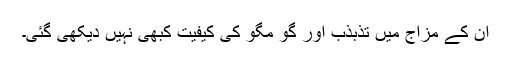
ان کے مزاج میں تذبذب اور گو مگو کی کیفیت کبھی نہیں دیکھی گئی۔